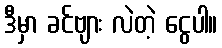
ဒီမှာ ခင်ဗျား လဲတဲ့ ငွေပါ။